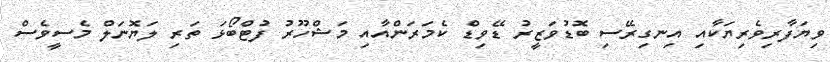
ވިޔަފާރިވެރިޔަކާއި އިނގިރޭސި ބޮޑުވަޒީރު ޑޭވިޑް ކެމަރަންއާއި މަޝްހޫރު ފުޓްބޯޅަ ތަރި ލަޔޮނަލް މެސީވެސް